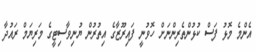
އެންމެ މޮޅު ފަސް ކުޅުންތެރިންނަށް ހޮވުނީ ފައިރޫޒާގެ އިތުރުން ޔުނިވާސިޓީގެ މަރިޔަމް ރައުދާ